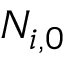
N _ { i , 0 }